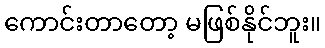
ကောင်းတာတော့ မဖြစ်နိုင်ဘူး။